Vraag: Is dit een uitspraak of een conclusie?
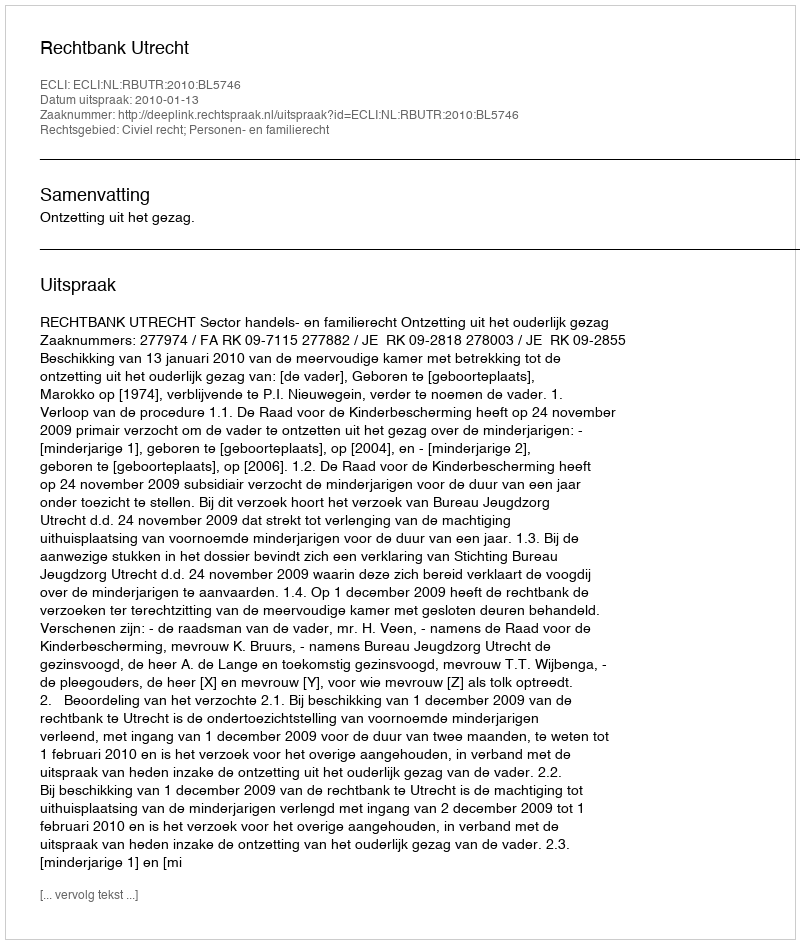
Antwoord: Uitspraak